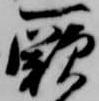
厥